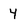
Character: 4